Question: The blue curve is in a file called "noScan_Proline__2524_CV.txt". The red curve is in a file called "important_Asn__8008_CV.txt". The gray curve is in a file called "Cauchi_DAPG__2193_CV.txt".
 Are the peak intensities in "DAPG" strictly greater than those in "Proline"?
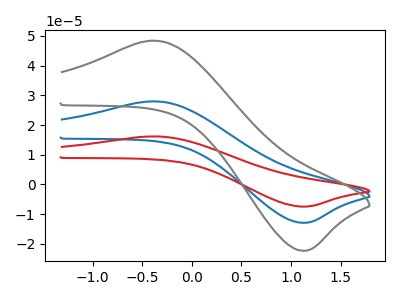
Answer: <think>The blue curve "Proline" has an anodic peak at (-0.40V, 28.00uA) and a cathodic peak at (1.10V, -12.90uA). The red curve "Asn" has an anodic peak at (-0.40V, 56.00uA) and a cathodic peak at (1.10V, -25.80uA). The gray curve "DAPG" has an anodic peak at (-0.40V, 48.40uA) and a cathodic peak at (1.10V, -22.30uA).</think>
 <answer>Every peak in "DAPG" is higher than every peak in "Proline".</answer>
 <eval>higher</eval>